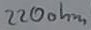
Text: 220ohm